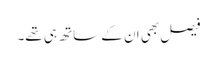
فیصل بھی ان کے ساتھ ہی تھے۔